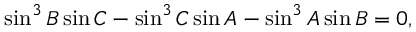
\sin ^ { 3 } B \sin C - \sin ^ { 3 } C \sin A - \sin ^ { 3 } A \sin B = 0 ,